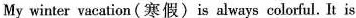
My winter vacation(寒假)is always colorful. It is